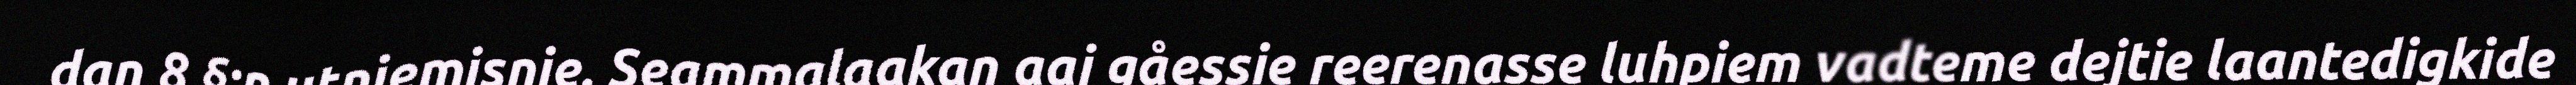
dan 8 §:n utniemisnie. Seammalaakan aaj gåessie reerenasse luhpiem vadteme dejtie laantedigkide